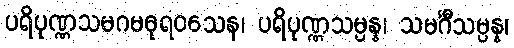
ပရိပုဏ္ဏသမဂမဓုရဝသေန၊ ပရိပုဏ္ဏသမ္ပန္န၊ သမင်္ဂီသမ္ပန္န၊